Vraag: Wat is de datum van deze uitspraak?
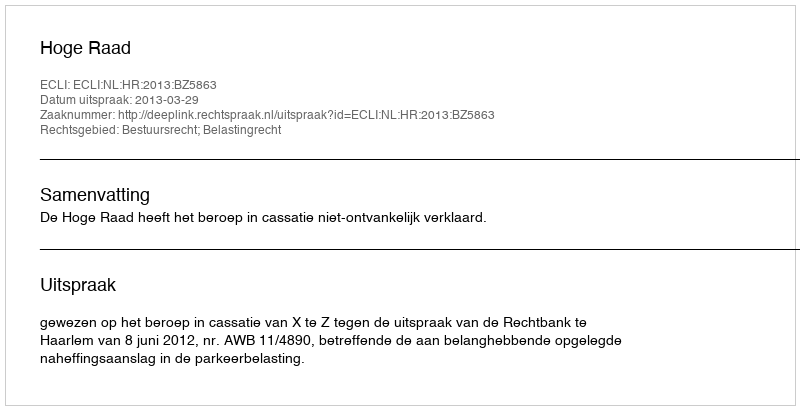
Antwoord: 2013-03-29